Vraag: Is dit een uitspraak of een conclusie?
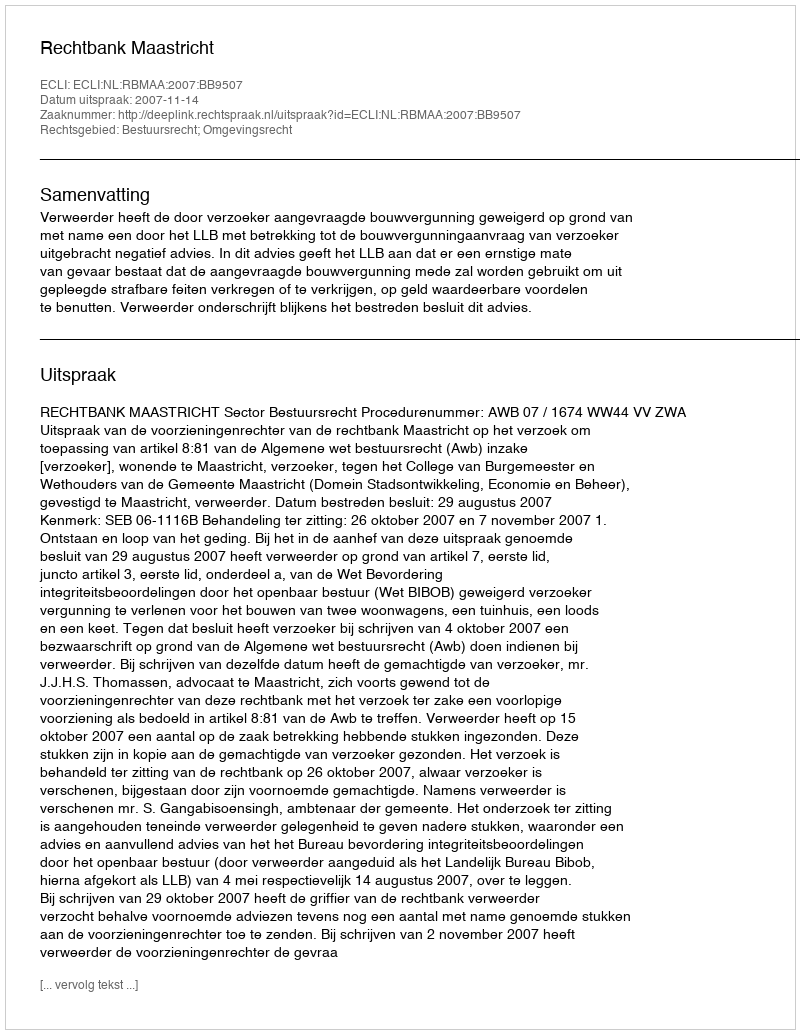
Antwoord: Uitspraak